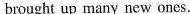
brought up many new ones.